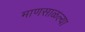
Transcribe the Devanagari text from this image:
माणसाळल्या